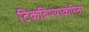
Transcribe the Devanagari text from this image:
टिकविण्याकरिता